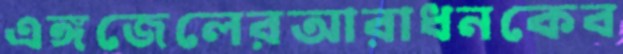
এঙ্গজেলেরআরাধনকেব